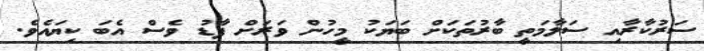
ސަރުކާރާއި ސަލާމަތީ ބާރުތަކަށް ބަޔަކު މީހުން ވަރަށް ފާޑު ވެސް އެބަ ކިޔައެވެ.